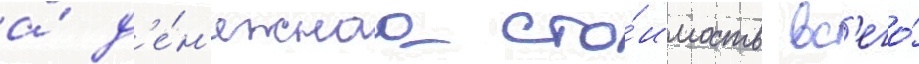
а́ д'е́н'ежнаа сто́имость вс'его́